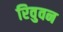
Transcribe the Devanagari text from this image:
रिवुवन